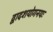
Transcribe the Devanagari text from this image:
द्वादशयोगनयः